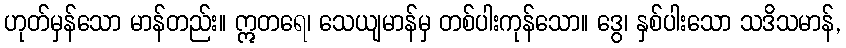
ဟုတ်မှန်သော မာန်တည်း။ ဣတရေ၊ သေယျမာန်မှ တစ်ပါးကုန်သော။ ဒွေ၊ နှစ်ပါးသော သဒိသမာန်,